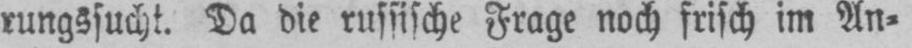
rungssucht. Da die russische Frage noch frisch im An⸗